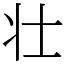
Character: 壮